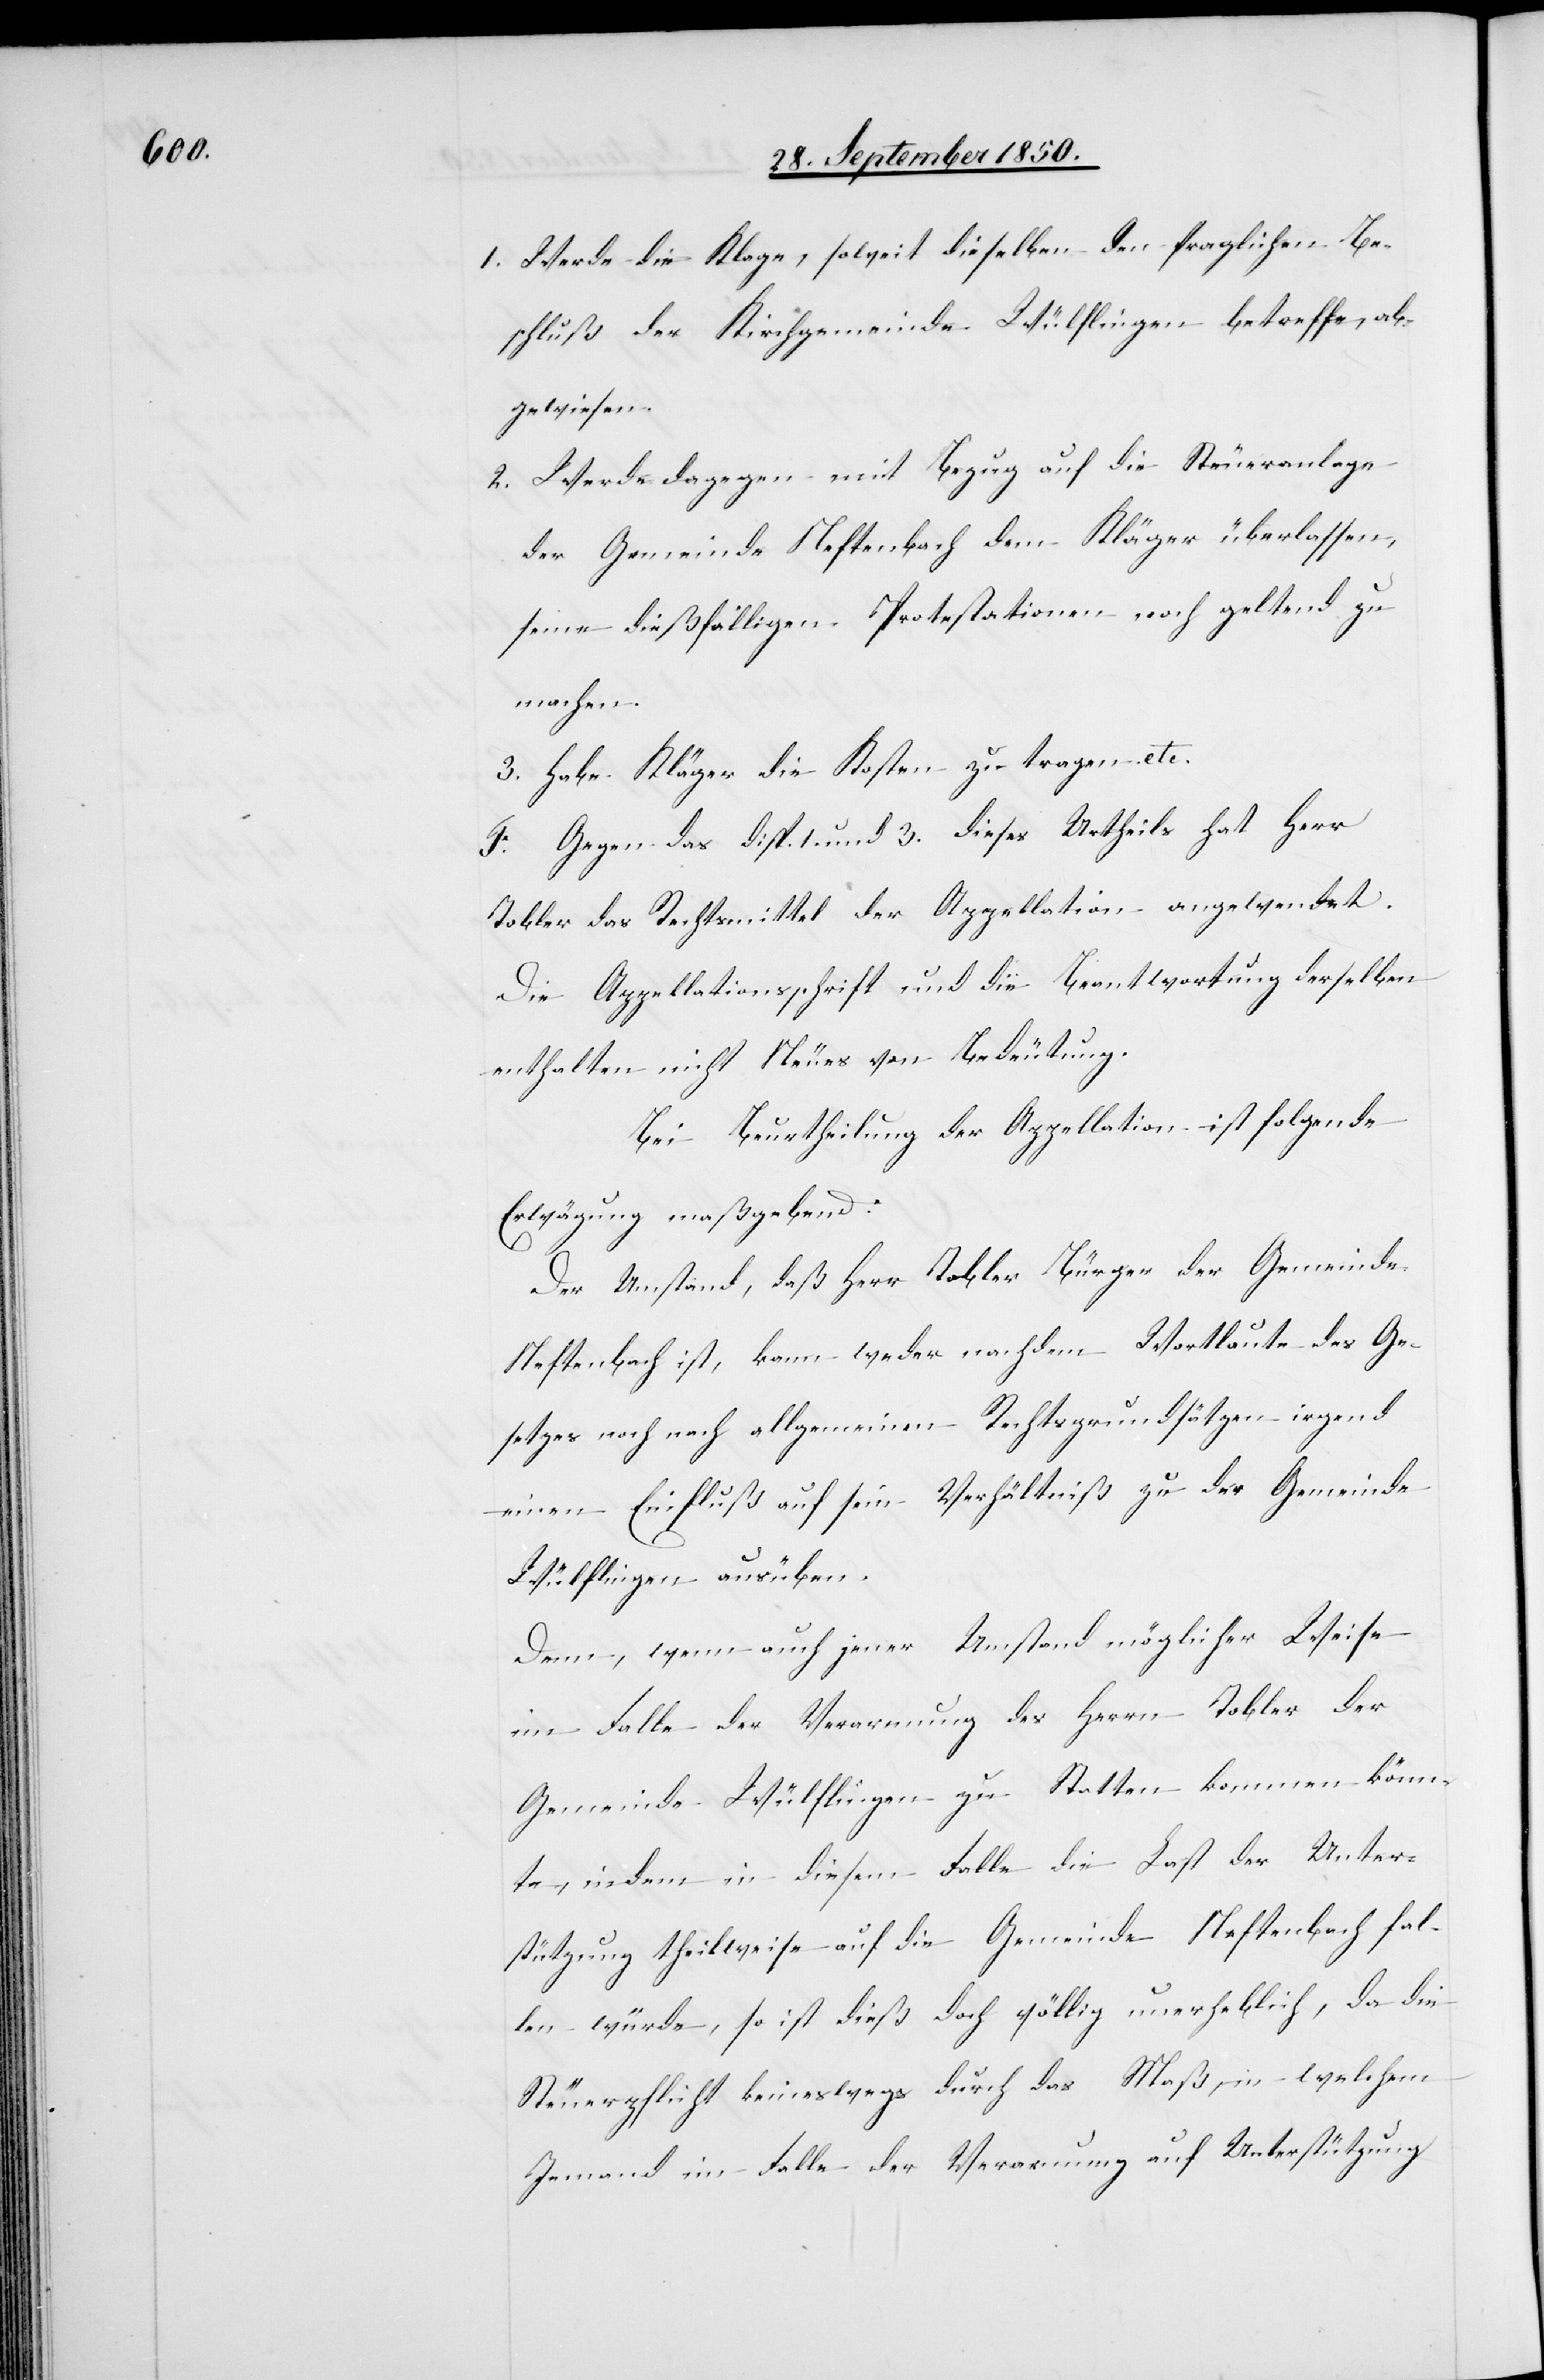
1. Werde die Klage, soweit dieselben den fraglichen Be¬
schluß der Kirchgemeinde Wülflingen betreffe, ab¬
gewiesen.
2. Werde dagegen mit Bezug auf die Steueranlage
der Gemeinde Neftenbach dem Kläger überlassen,
seine dießfälligen Protestationen noch geltend zu
machen.
3. Habe Kläger die Kosten zu tragen etc.
F. Gegen das disp. 1. und 3. dieses Urtheils hat Herr
Tobler das Rechtsmittel der Appellation angewendet.
Die Appellationsschrift und die Beantwortung derselben
enthalten nicht[s] Neues von Bedeutung.
Bei Beurtheilung der Appellation ist folgende
Erwägung maßgebend:
Der Umstand, daß Herr Tobler Bürger der Gemeinde
Neftenbach ist, kann weder nach dem Wortlaute des Ge¬
setzes noch nach allgemeinen Rechtsgrundsätzen irgend
einen Einfluß auf sein Verhältniß zu der Gemeinde
Wülflingen ausüben.
Denn, wenn auch jener Umstand möglicher Weise
im Falle der Verarmung des Herrn Tobler der
Gemeinde Wülflingen zu Statten kommen könn¬
te, indem in diesem Falle die Last der Unter¬
stützung theilweise auf die Gemeinde Neftenbach fal¬
len würde, so ist dieß doch völlig unerheblich, da die
Steuerpflicht keineswegs durch das Maß, in welchem
Jemand im Falle der Verarmung auf Unterstützung